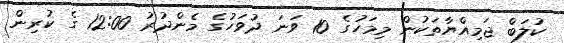
ކުލަބް ޖަމިއްޔާތަކުން މިމަހުގެ 10 ވަނަ ދުވަހުގެ މެންދުރު 12:00 ގެ ކުރިން